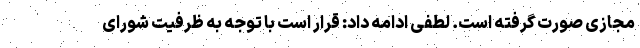
مجازی صورت گرفته است. لطفی ادامه داد: قرار است با توجه به ظرفیت شورای